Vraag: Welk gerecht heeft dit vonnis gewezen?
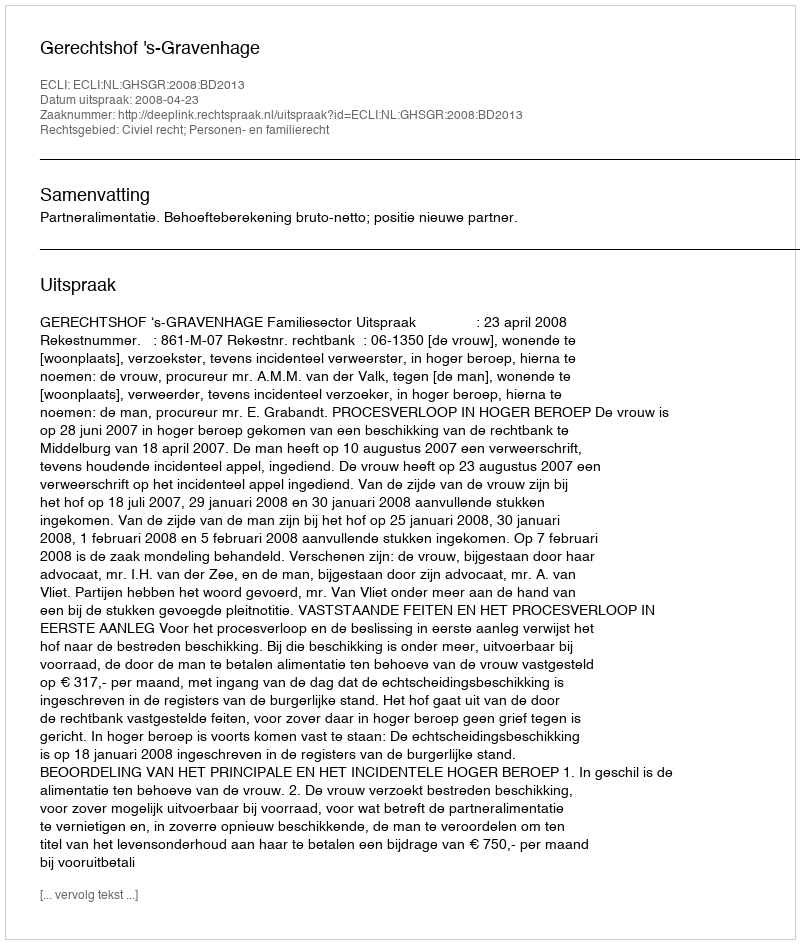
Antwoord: Gerechtshof 's-Gravenhage